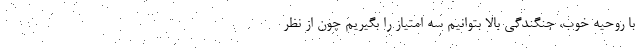
با روحیه خوب، جنگندگی بالا بتوانیم سه امتیاز را بگیریم چون از نظر